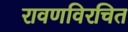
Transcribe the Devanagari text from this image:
रावणविरचित